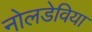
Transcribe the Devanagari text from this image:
नोलडेविया